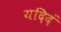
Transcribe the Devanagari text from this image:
यदिदं